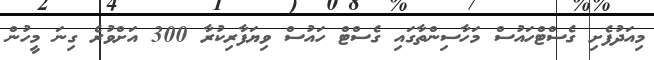
މިއަދުފެށި ގެސްޓްހައުސް މަހާސިންތާގައި ގެސްޓް ހައުސް ވިޔަފާރިކުރާ 300 އަށްވުރެ ގިނަ މީހުން